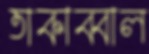
তাকাব্বাল